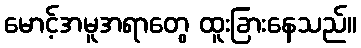
မောင့်အမူအရာတွေ ထူးခြားနေသည်။